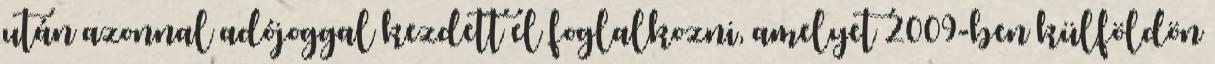
után azonnal adójoggal kezdett el foglalkozni, amelyet 2009-ben külföldön